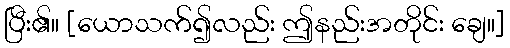
ပြီး၏။ [ယောသက်၍လည်း ဤနည်းအတိုင်း ချေ။]